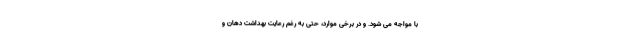
با مواجه می شود. و در برخی موارد، حتی به رغم رعایت بهداشت دهان و